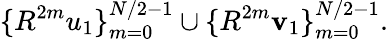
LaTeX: \{ R^{2m}u_{1}\} _{m=0}^{N/2-1}\cup\{ R^{2m}\mathbf{v}_{1}\} _{m=0}^{N/2-1}.